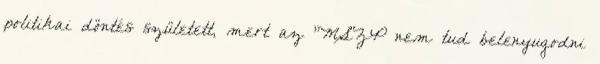
politikai döntés született, mert az "MSZP nem tud belenyugodni